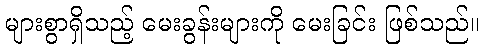
များစွာရှိသည့် မေးခွန်းများကို မေးခြင်း ဖြစ်သည်။